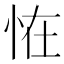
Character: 恠